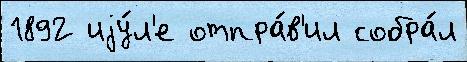
1892 иjу́л'е отпра́в'ил собра́л